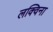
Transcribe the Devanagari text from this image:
लक्विना